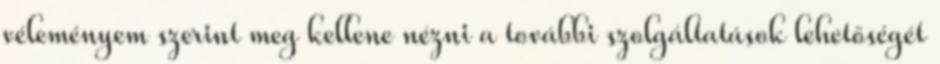
véleményem szerint meg kellene nézni a további szolgáltatások lehetőségét